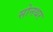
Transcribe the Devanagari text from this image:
सोनथर